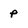
Character: p